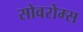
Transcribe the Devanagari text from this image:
सोवरोम्स